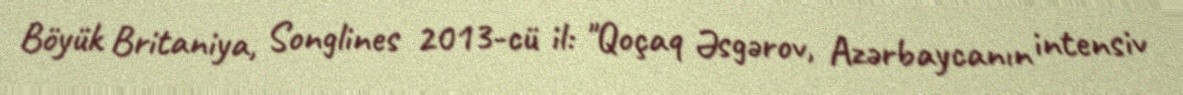
Böyük Britaniya, Songlines 2013-cü il: "Qoçaq Əsgərov, Azərbaycanın intensiv